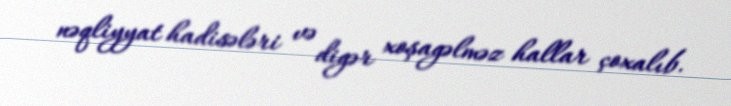
nəqliyyat hadisələri və digər xoşagəlməz hallar çoxalıb.